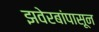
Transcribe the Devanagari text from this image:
झवेरबांपासून